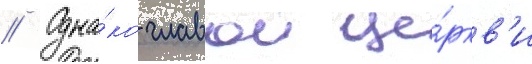
// Одна́ко главои це́ркв'и